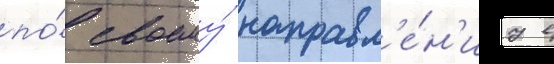
по́ своему́ направл'е́н'иу в